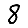
Digit: 8